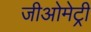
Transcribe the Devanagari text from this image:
जीओमेट्री